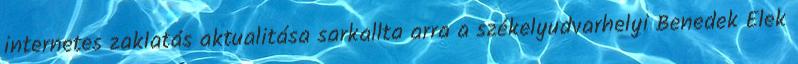
internetes zaklatás aktualitása sarkallta arra a székelyudvarhelyi Benedek Elek